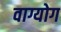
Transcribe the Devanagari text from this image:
वाग्योग